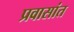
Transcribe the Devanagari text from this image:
प्रवासांत